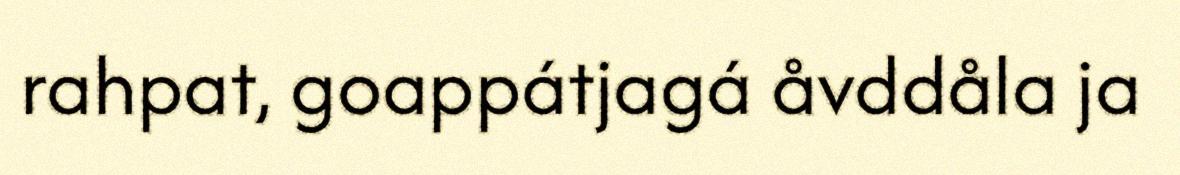
rahpat, goappátjagá åvddåla ja